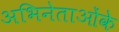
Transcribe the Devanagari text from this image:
अभिनेताओंके